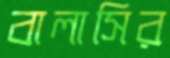
বালাসির